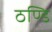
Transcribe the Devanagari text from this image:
ठण्डि